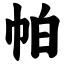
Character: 帕